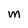
Character: M